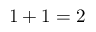
1 + 1 = 2